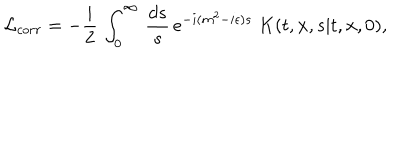
{ \cal L } _ { c o r r } = - { \frac { i } { 2 } } \, \int _ { 0 } ^ { \infty } \, { \frac { d s } { s } } \, e ^ { - i ( m ^ { 2 } - i \epsilon ) s } \; K ( t , { \bf x } , s \vert t , { \bf x } , 0 ) ,